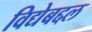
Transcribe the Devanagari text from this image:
विद्येबद्दल